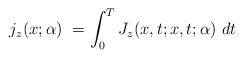
LaTeX: \begin{align*}j_z(x;\alpha)\ =\int_0^TJ_z(x,t;x,t;\alpha)\ dt\end{align*}